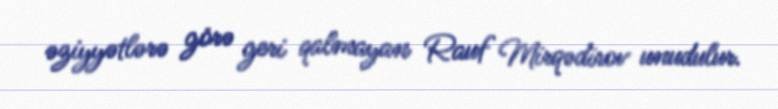
əziyyətlərə görə geri qalmayan Rauf Mirqədirov unudulur.